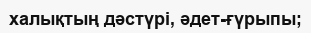
халықтың дәстүрі, әдет-ғүрыпы;